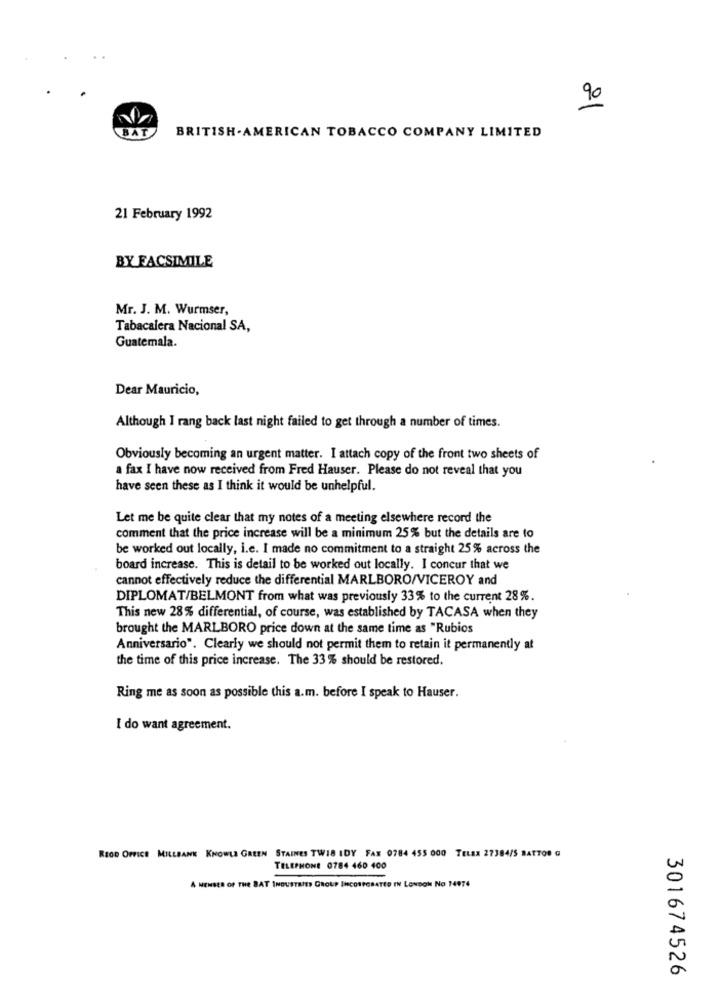
90
BAT
BRITISH. AMERICAN TOBACCO COMPANY LIMITED
21 February 1992
BY FACSIMILE
Mr. J. M. Wurmser,
Tabacalera Nacional SA,
Guatemala.
Dear Mauricio,
Although I rang back last night failed to get through a number of times.
Obviously becoming an urgent matter. I attach copy of the front two sheets of
a fax I have now received from Fred Hauser. Please do not reveal that you
have seen these as I think it would be unhelpful.
Let me be quite clear that my notes of a meeting elsewhere record the
comment that the price increase will be a minimum 25% but the details are to
be worked out locally, i.e. I made no commitment to a straight 25% across the
board increase. This is detail to be worked out locally. I concur that we
cannot effectively reduce the differential MARLBORO/VICEROY and
DIPLOMAT/BELMONT from what was previously 33% to the current 28%.
This new 28% differential, of course, was established by TACASA when they
brought the MARLBORO price down at the same time as "Rubios
Anniversario". Clearly we should not permit them to retain it permanently at
the time of this price increase. The 33% should be restored.
Ring me as soon as possible this a.m. before I speak to Hauser.
I do want agreement.
REOD OFFICE MILLBANK KNOWLE GREEN STAINES TW18 IDY FAX 0784 455 000 TELEA 27384/5 BATTOR G
TELEPHONE 0784 460 400
A MEMBER OF THE BAT INDUSTRIES GROUP INCORPORATED IN LONDON No 14974
301674526